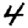
Digit: 4